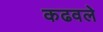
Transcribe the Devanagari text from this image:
कढवले